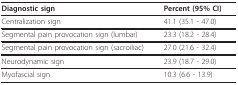
| Diagnostic sign | Percent (95% CI) |
 | --- | --- |
 | Centralization sign | 41.1 (35.1 - 47.0) |
 | Segmental pain provocation sign (lumbar) | 23.3 (18.2 - 28.4) |
 | Segmental pain provocation sign (sacroiliac) | 27.0 (21.6 - 32.4) |
 | Neurodynamic sign | 23.9 (18.7 - 29.0) |
 | Myofascial sign | 10.3 (6.6 - 13.9) |